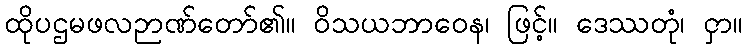
ထိုပဌမဖလဉာဏ်တော်၏။ ဝိသယဘာဝေန၊ ဖြင့်။ ဒေဿတုံ၊ ငှာ။